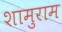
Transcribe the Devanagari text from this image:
शामुराम